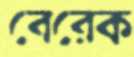
বেরেক